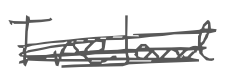
Text: Ireland
Cross-out: scratch
Writing tool: digital_gray